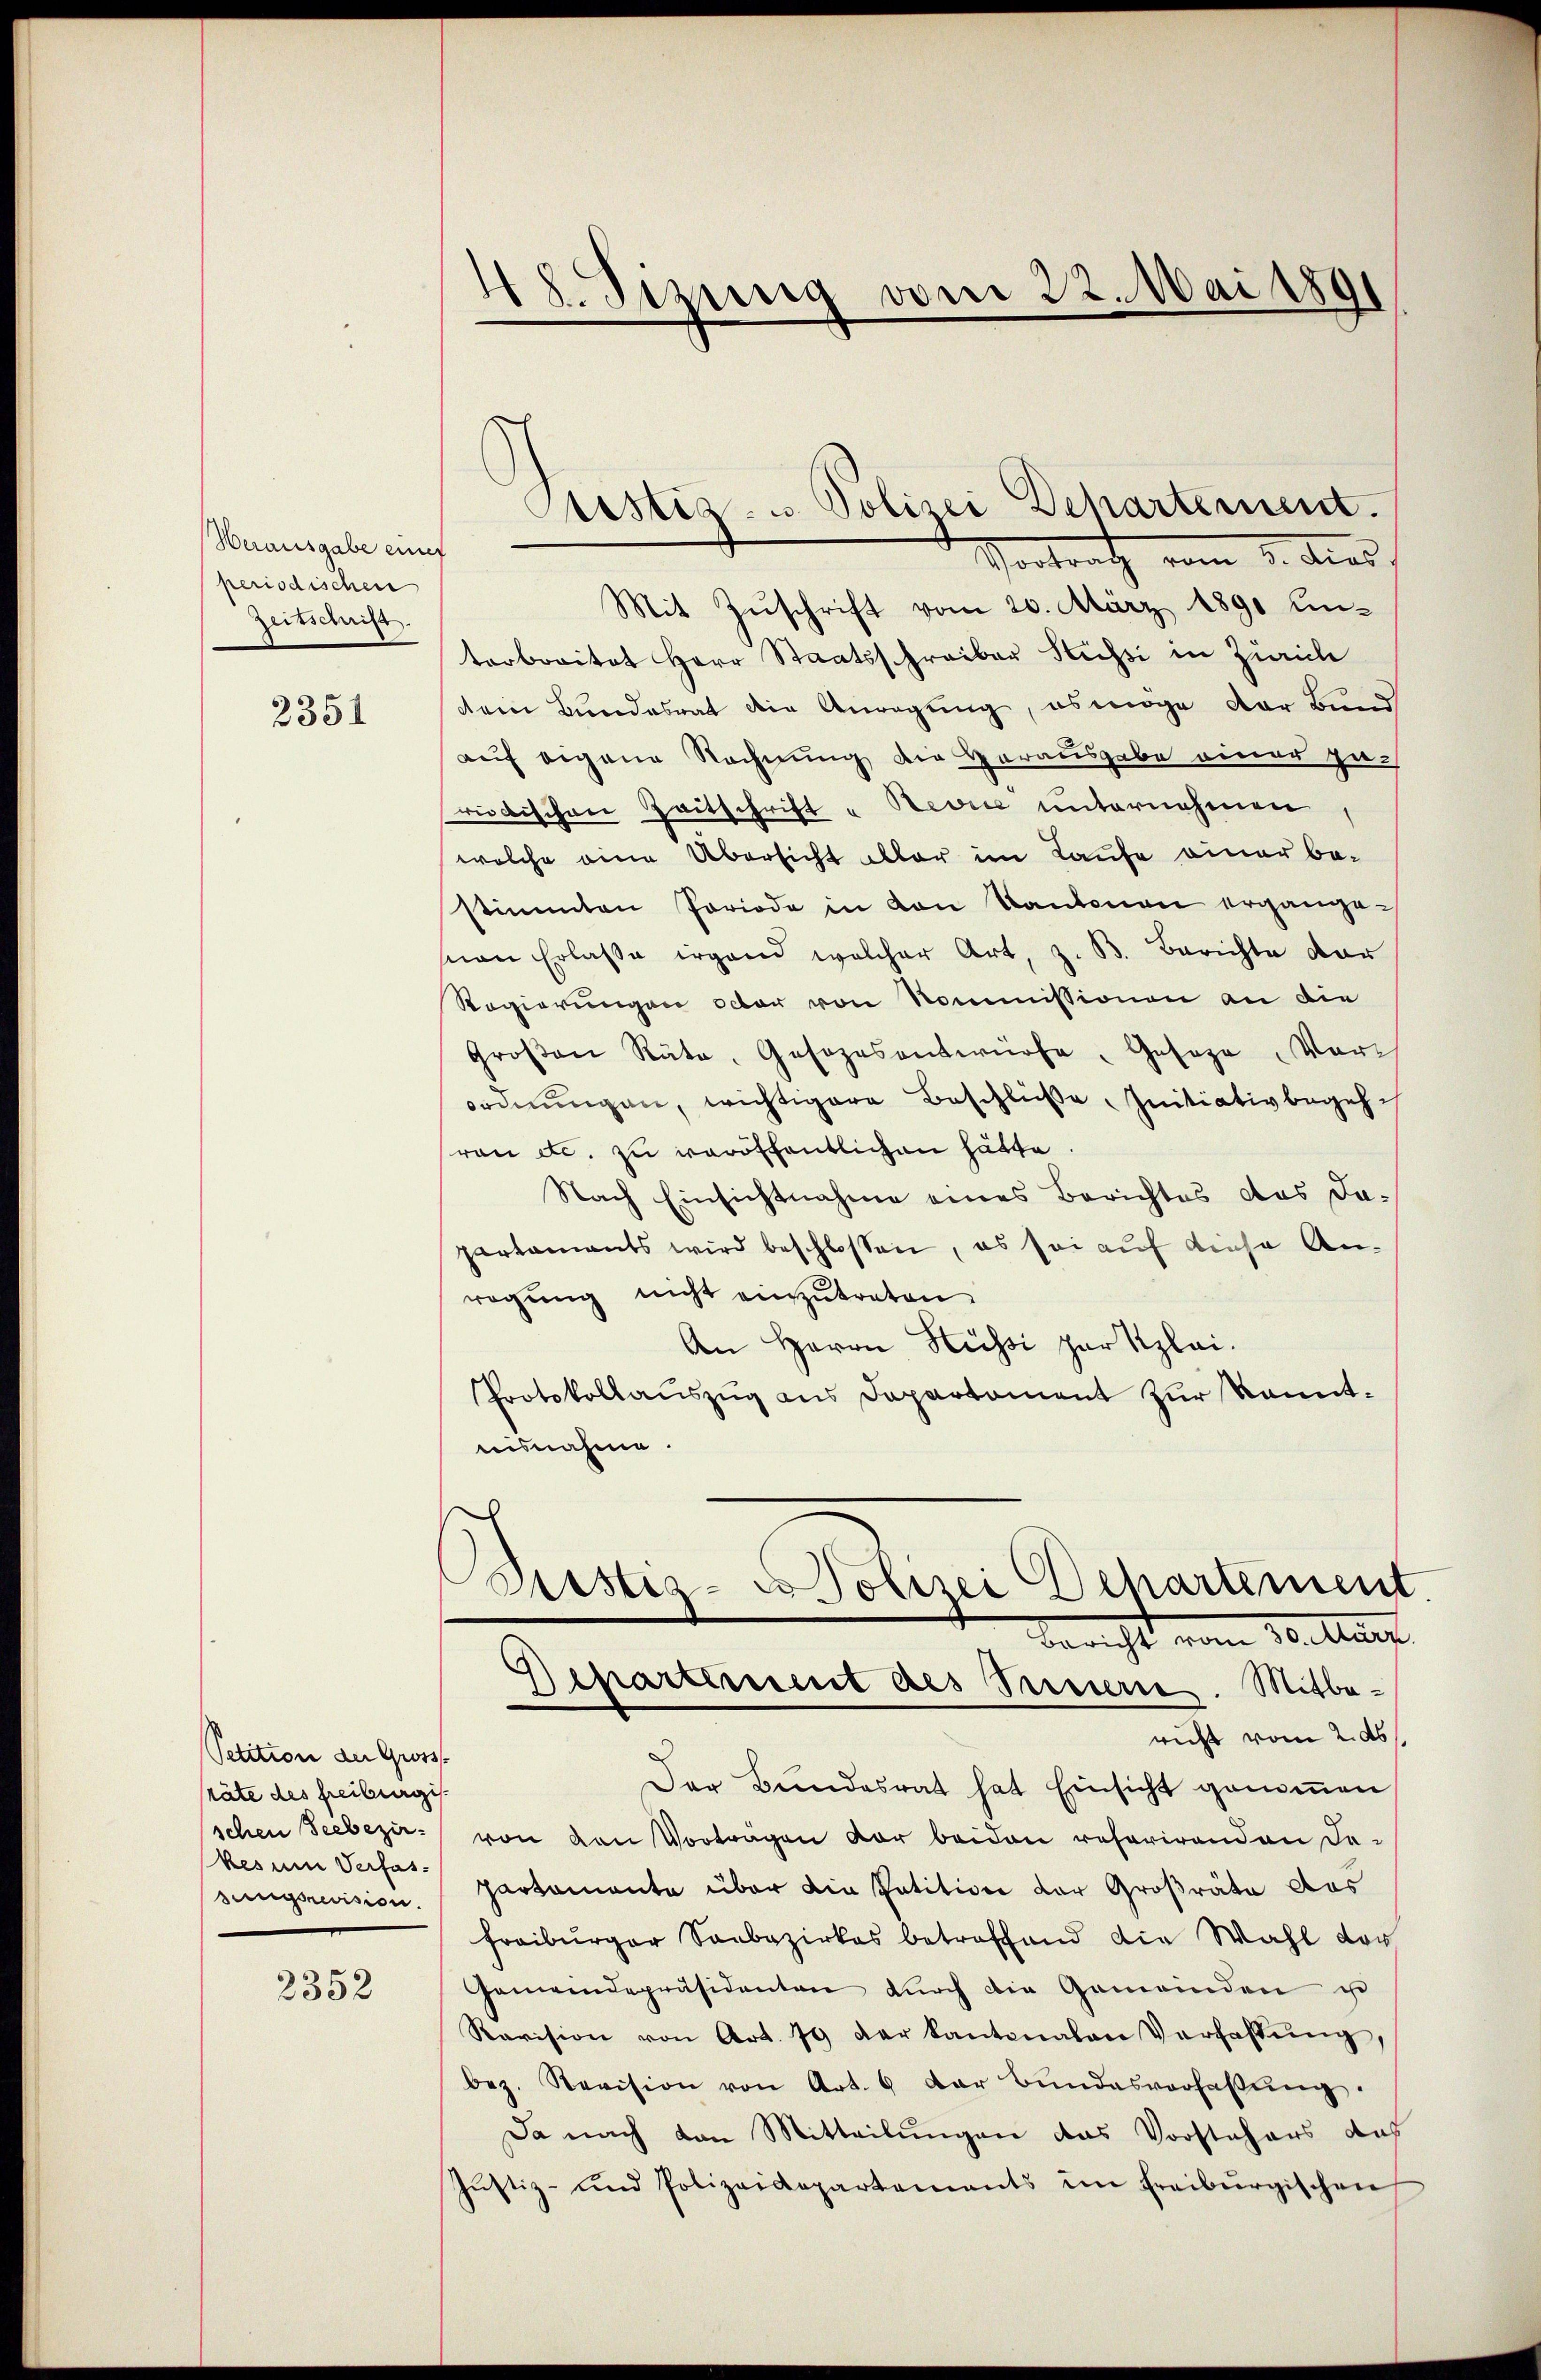
Herausgabe eines
periodischen
Zeitschrift.

2351

Petition der Gross-
räte des Freiburgis
schen Seebezir
kes um Verfas-
sungsrevision.

2352

48. Sizung vom 22. Mai 1891

Vortrath vom 8. dies
Mit Zŭschrift vom 20. März 1890 Ei-
terbreitet Herr Staatsschreiber Sessi in Zürich
dein Bundesrat die Anregung, es möge der Bund
auf eigene Rechnung die Herausgabe einer pa-
riodischen Zeitschrift " Revice unternehmen,
welche eine Übersicht aller im Laufe einer bestimmten Periode in von Kantonen ergangean Erlasse irgend welcher Art, z. B. Berichte der
Regierungen octor von Kommissionen an die
Groβen Räte, Gesezesentwürfe, Geseze Vor-
ordnungen, wichtigere Beschlüße Initiativbegehran etc. zu veröffentlichen hätte
Nach Einsichtnahme eines Berichtes das dapartaments wird beschlossen, es sei auf diese An-
regŭng nicht einzŭtreten.
An Herrn Hüssi zur Klei¬
Protokollaŭszŭg ans Departament zur kanntnisnahme.
istiz- & Polizei Departement

Sistiz- u. Polizei Departement.

Bericht belauf
Departement des Susterie. Mitbericht vom 2. ds.

Der Bundesrat hat Einsicht genommen
von den Vorträgen vor beiden referirenden De-
partamente über die Patition der Großräte das
Freiburger Seebezirkes betreffend die Wahl vor
Gemeindepräsidenten dŭrch die Gemeinden u
Ravision von Art. 79 der Kantonalen Verhaltŭng,
bez. Revision von Art. 6 der Bŭndesverhaβŭng.
Da nach von Mitteilungen das Vorstehers das
Justiz- und Polizeidepartements im Freiburgischen